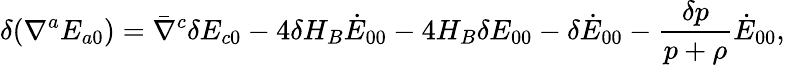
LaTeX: \delta(\nabla^{a}E_{a0})=\bar{\nabla}^{c}\delta E_{c0}-4\delta H_{B}\dot{E}_{00}-4H_{B}\delta E_{00}-\delta\dot{E}_{00}-\frac{\delta p}{p+\rho}\dot{E}_{00},